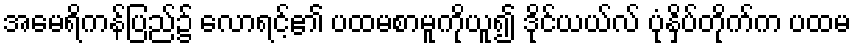
အမေရိကန်ပြည်၌ လောရင့်၏ ပထမစာမူကိုယူ၍ ဒိုင်ယယ်လ် ပုံနှိပ်တိုက်က ပထမ